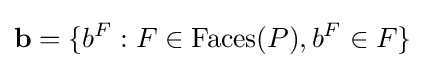
{\textbf {b}}=\{b^{F}:F\in {\textrm {Faces}}(P),b^{F}\in F\}